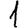
Digit: 1